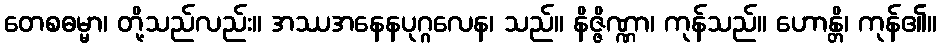
တေစဓမ္မာ၊ တို့သည်လည်း။ အဿအနေနပုဂ္ဂလေန၊ သည်။ နိဇ္ဇိဏ္ဏာ၊ ကုန်သည်။ ဟောန္တိ၊ ကုန်၏။